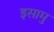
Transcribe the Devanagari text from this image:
इसामु